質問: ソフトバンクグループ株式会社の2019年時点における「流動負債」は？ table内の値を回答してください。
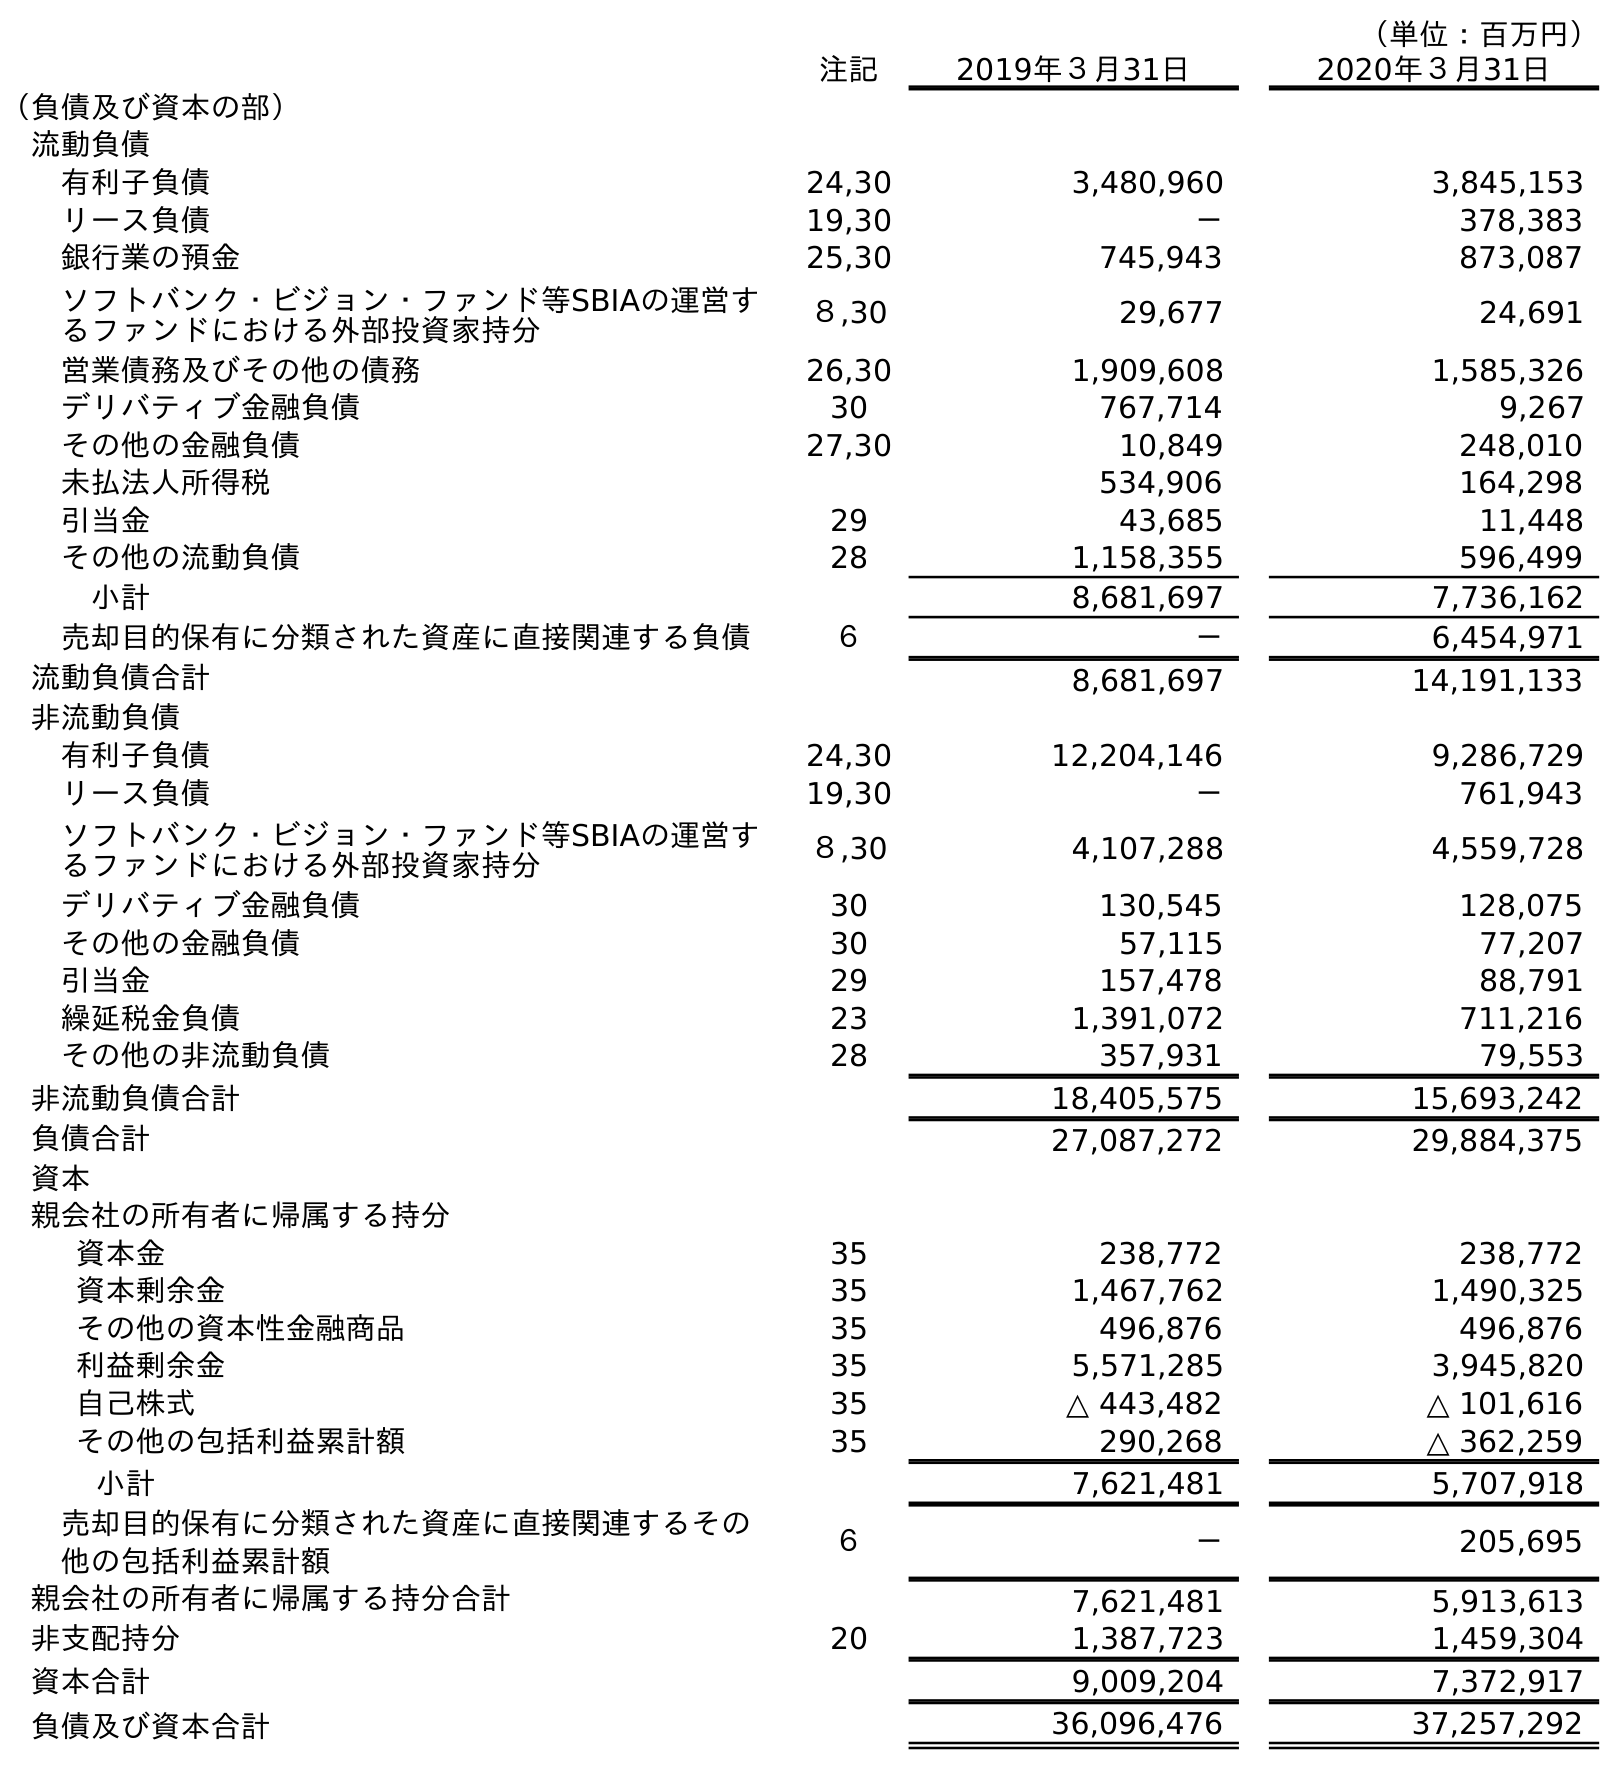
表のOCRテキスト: （単位：百万円） 注記 2019年３月31日 2020年３月31日 （負債及び資本の部） 流動負債 有利子負債 24,30 3,480,960 3,845,153 リース負債 19,30 － 378,383 銀行業の預金 25,30 745,943 873,087 ソフトバンク・ビジョン・ファンド等SBIAの運営す るファンドにおける外部投資家持分 ８,30 29,677 24,691 営業債務及びその他の債務 26,30 1,909,608 1,585,326 デリバティブ金融負債 30 767,714 9,267 その他の金融負債 27,30 10,849 248,010 未払法人所得税 534,906 164,298 引当金 29 43,685 11,448 その他の流動負債 28 1,158,355 596,499 小計 8,681,697 7,736,162 売却目的保有に分類された資産に直接関連する負債 ６ － 6,454,971 流動負債合計 8,681,697 14,191,133 非流動負債 有利子負債 24,30 12,204,146 9,286,729 リース負債 19,30 － 761,943 ソフトバンク・ビジョン・ファンド等SBIAの運営す るファンドにおける外部投資家持分 ８,30 4,107,288 4,559,728 デリバティブ金融負債 30 130,545 128,075 その他の金融負債 30 57,115 77,207 引当金 29 157,478 88,791 繰延税金負債 23 1,391,072 711,216 その他の非流動負債 28 357,931 79,553 非流動負債合計 18,405,575 15,693,242 負債合計 27,087,272 29,884,375 資本 親会社の所有者に帰属する持分 資本金 35 238,772 238,772 資本剰余金 35 1,467,762 1,490,325 その他の資本性金融商品 35 496,876 496,876 利益剰余金 35 5,571,285 3,945,820 自己株式 35 △ 443,482 △ 101,616 その他の包括利益累計額 35 290,268 △ 362,259 小計 7,621,481 5,707,918 売却目的保有に分類された資産に直接関連するその 他の包括利益累計額 ６ － 205,695 親会社の所有者に帰属する持分合計 7,621,481 5,913,613 非支配持分 20 1,387,723 1,459,304 資本合計 9,009,204 7,372,917 負債及び資本合計 36,096,476 37,257,292
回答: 8,681,697